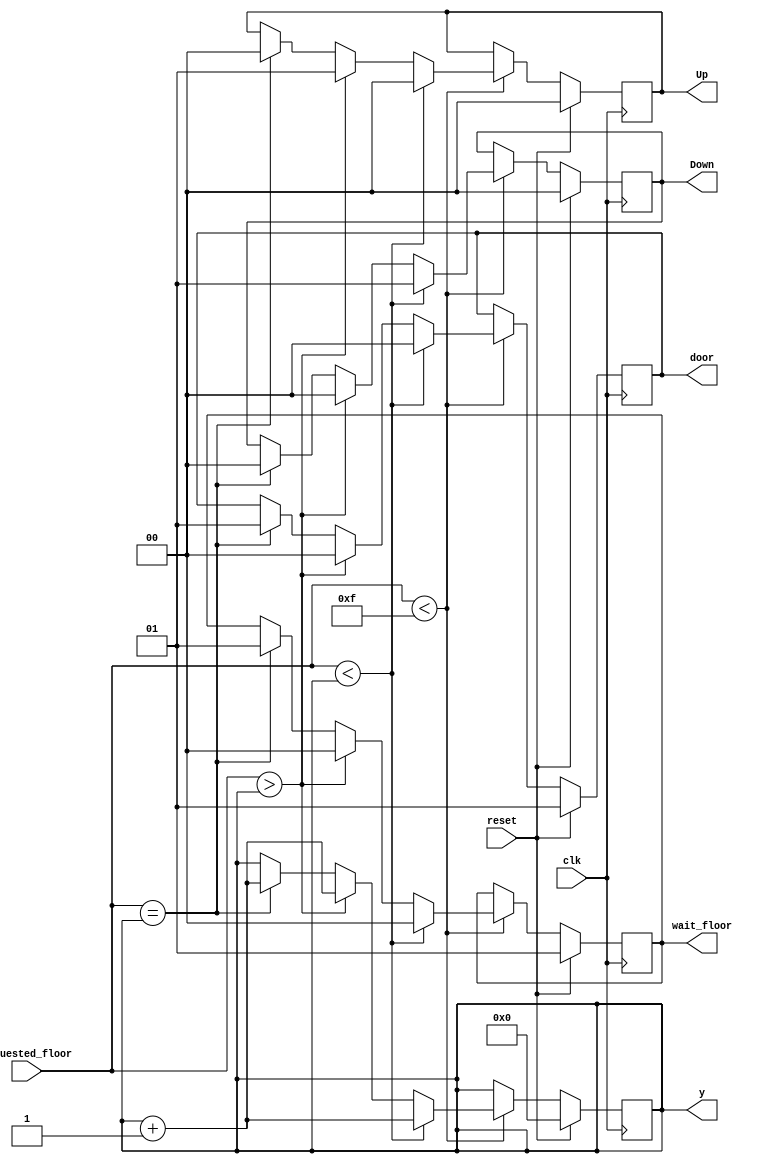
module Controller(clk,reset,requested_floor,wait_floor,door,Up,Down,y);

input clk,reset;
input [4:0] requested_floor;

output reg[1:0] door;
output reg[1:0] Up;
output reg[1:0] Down;
output reg[1:0] wait_floor;
output [4:0] y;

reg [4:0] current_floor ;

always @ (posedge clk)
    begin
        if(reset)
        begin
            current_floor=4'd0;
            wait_floor=4'd1;
            door = 1'd1;
            Up=1'd0;
            Down=1'd0;
        end
        else
        begin
            if(requested_floor < 4'd15)
            begin
                if(requested_floor < current_floor)
                begin
                    current_floor=current_floor+1;
                    door=1'd0;
                    wait_floor=4'd0;
                    Up=1'd0;
                    Down=1'd1;
                end
                else if (requested_floor > current_floor)
                begin
                    current_floor = current_floor+1;
                    door=1'd0;
                    wait_floor=4'd0;
                    Up=1'd1;
                    Down=1'd0;
                end
                else if(requested_floor == current_floor)
                begin
                    current_floor = current_floor+1;
                    door=1'd1;
                    wait_floor=4'd1;
                    Up=1'd0;
                    Down=1'd0;
                end
            end
        end
    end
    
assign y = current_floor;

endmodule